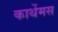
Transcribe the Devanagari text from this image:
कार्थेमस